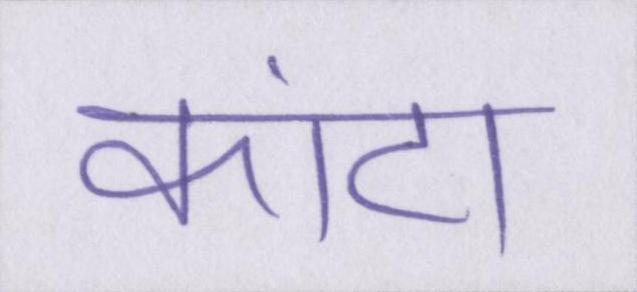
कांटा